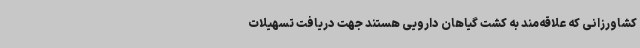
کشاورزانی که علاقه‌مند به کشت گیاهان دارویی هستند جهت دریافت تسهیلات